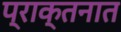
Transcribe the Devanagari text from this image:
प्राक्तनात